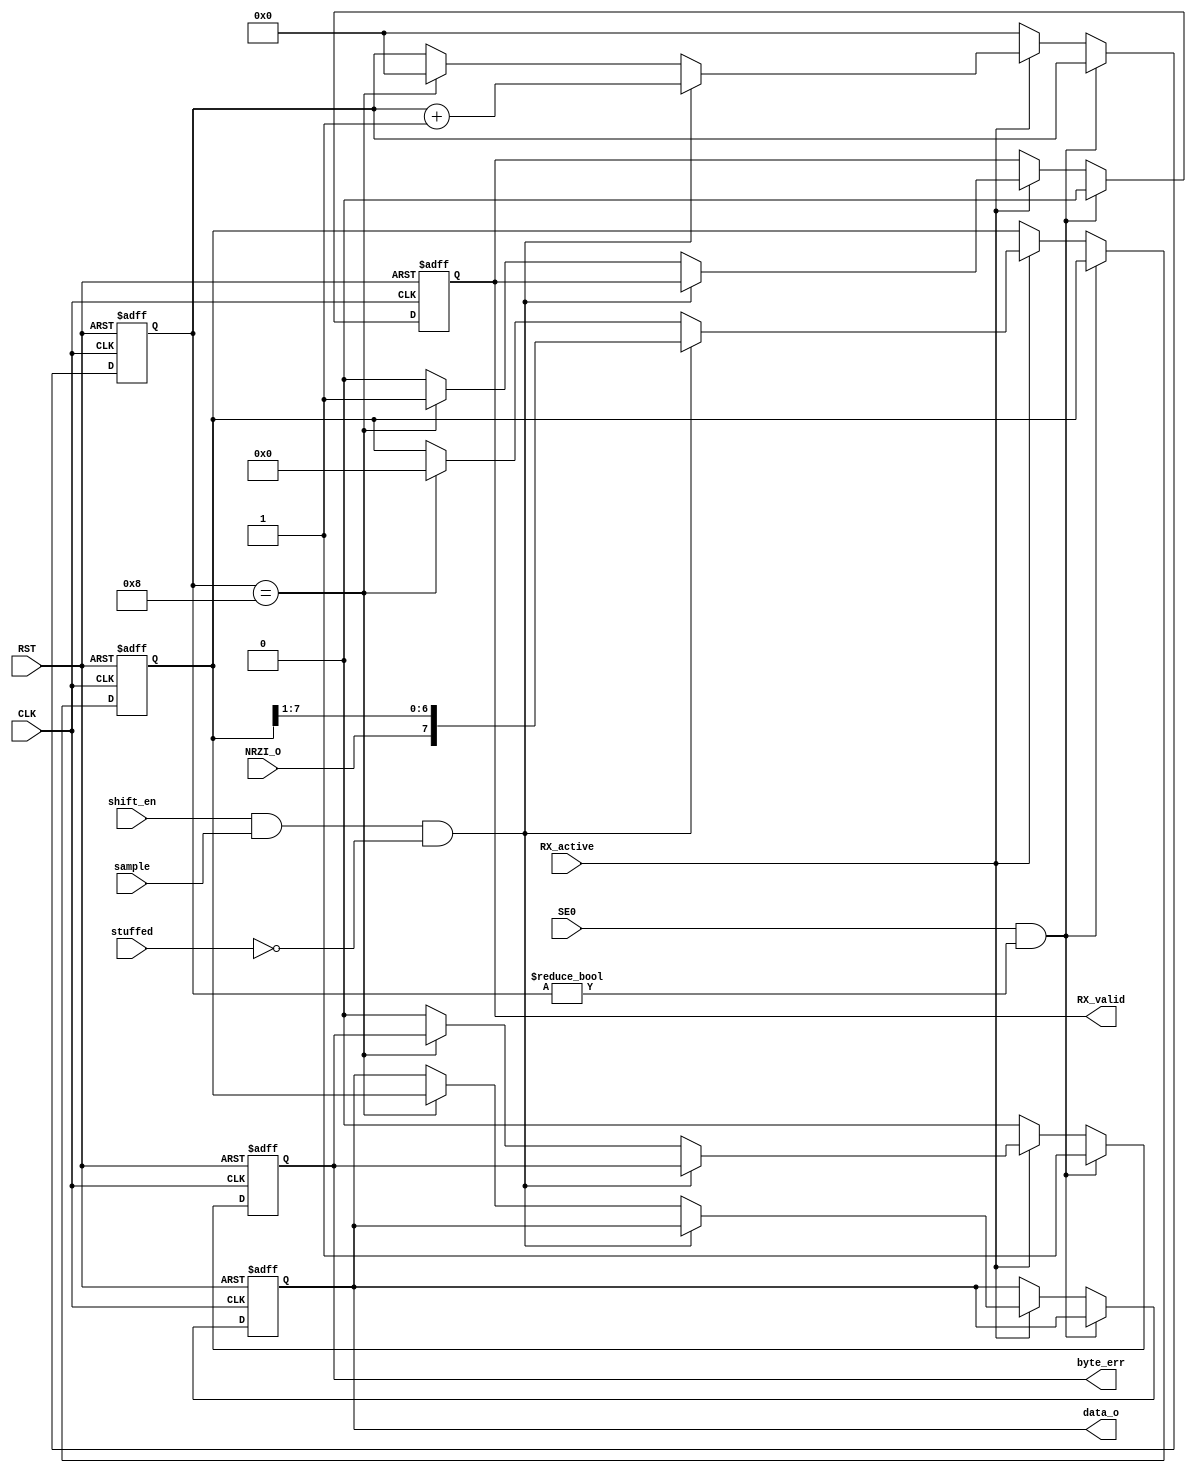
module DESER (
input 			NRZI_O, shift_en, sample, stuffed, SE0,
input			CLK,RST, RX_active,

output reg		RX_valid, 
output reg		byte_err,
output reg [7:0]	data_o
);

reg [7:0]	hold;
reg [3:0]	bit_cnt;

always @(posedge CLK or negedge RST) begin
if(!RST) begin
	hold 		<= 8'b0;
	data_o 		<= 8'b0;
	bit_cnt 	<= 4'b0;
	RX_valid	<= 1'b0;
	byte_err	<= 1'b0;
end
else if (SE0 && (bit_cnt != 4'b0000)) begin 
	byte_err 	<= 1'b1;
	RX_valid	<= 1'b0;
	//data_o 	<= 8'b0;
end
else if (!RX_active) begin 
	bit_cnt		<= 1'b0;
	byte_err	<= 1'b0;
end
else if (shift_en && sample && !stuffed) begin 
	hold 		<= {NRZI_O,hold[7:1]};
	bit_cnt		<= bit_cnt + 4'b1;
end
else if (bit_cnt == 4'b1000) begin 
	data_o 		<= hold;
	RX_valid	<= 1'b1;
	bit_cnt		<= 4'b0;
	hold 		<= 8'b0;
end
else begin
	//data_o 	<= 8'b0;
	RX_valid	<= 1'b0;
	byte_err	<= 1'b0;
end
end

//flags assignment

endmodule // Serial => Parallel converter